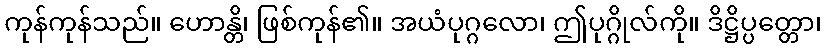
ကုန်ကုန်သည်။ ဟောန္တိ၊ ဖြစ်ကုန်၏။ အယံပုဂ္ဂလော၊ ဤပုဂ္ဂိုလ်ကို။ ဒိဋ္ဌိပ္ပတ္တော၊